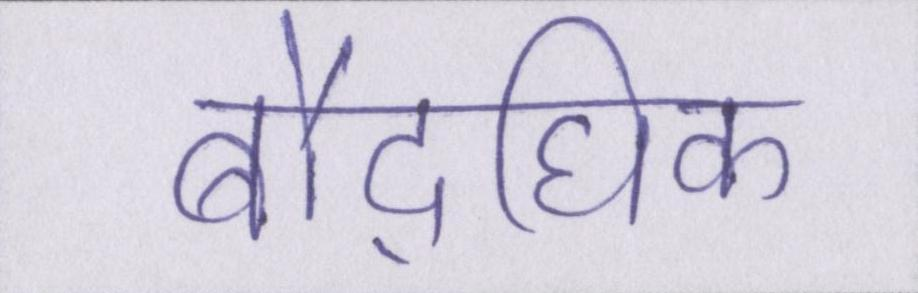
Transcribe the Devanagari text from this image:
बौद्घिक